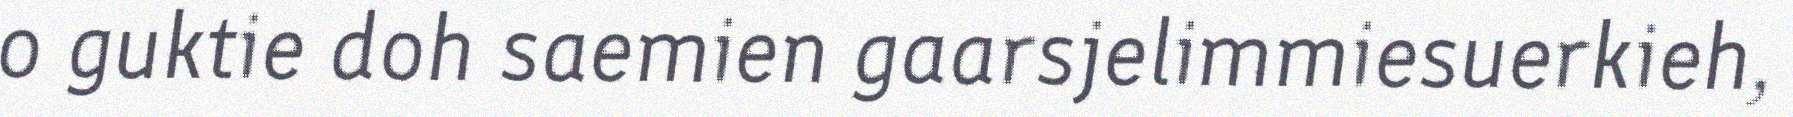
o guktie doh saemien gaarsjelimmiesuerkieh,